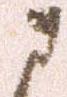
に